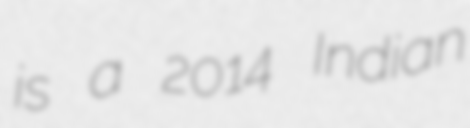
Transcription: is a 2014 Indian